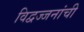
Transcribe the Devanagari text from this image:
विद्वज्जनांची